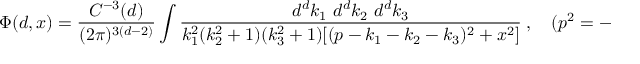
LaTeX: \Phi ( d , x ) = \frac { C ^ { - 3 } ( d ) } { ( 2 \pi ) ^ { 3 ( d - 2 ) } } \int \frac { d ^ { d } k _ { 1 } \ d ^ { d } k _ { 2 } \ d ^ { d } k _ { 3 } } { k _ { 1 } ^ { 2 } ( k _ { 2 } ^ { 2 } + 1 ) ( k _ { 3 } ^ { 2 } + 1 ) [ ( p - k _ { 1 } - k _ { 2 } - k _ { 3 } ) ^ { 2 } + x ^ { 2 } ] } \ , \quad ( p ^ { 2 } = - x ^ { 2 } ) \ .